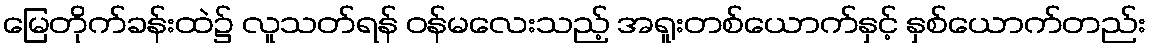
မြေတိုက်ခန်းထဲ၌ လူသတ်ရန် ဝန်မလေးသည့် အရူးတစ်ယောက်နှင့် နှစ်ယောက်တည်း